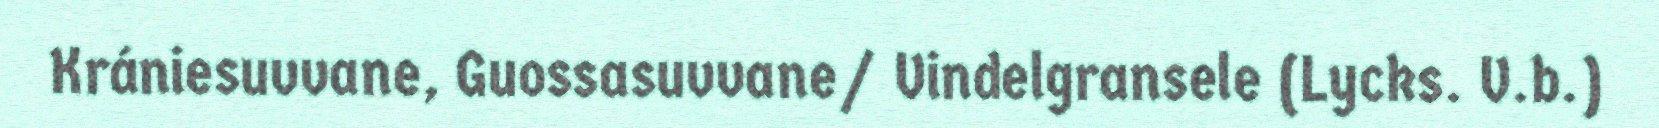
Krániesuvvane, Guossasuvvane/ Vindelgransele (Lycks. V.b.)